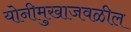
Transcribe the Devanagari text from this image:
योनीमुखाजवळील